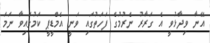
އޭނާ ވިދާޅުވީ އެ ގަރާރު ނެރުމުގެ ފަހަތުގައި ވަނީ އެމްޑީޕީ ކަމުގައިވާ ނަމަ